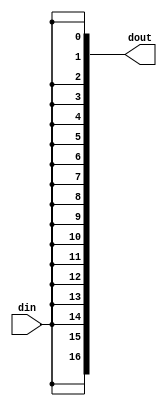
module SocketTestLoopback_STQFN20(din, dout);

	////////////////////////////////////////////////////////////////////////////////////////////////////////////////////
	// I/O declarations

	(* LOC = "P2" *)
	input wire din;

	(* LOC = "P20 P19 P18 P17 P16 P15 P14 P13 P12 P10 P9 P8 P7 P6 P5 P4 P3" *)
	output wire[16:0] dout;

	////////////////////////////////////////////////////////////////////////////////////////////////////////////////////
	// The actual logic

	//... if you can even call it that!
	assign dout = {17{din}};

endmodule